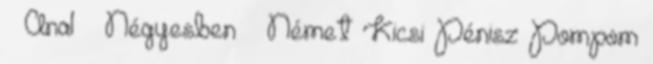
▪ Anal ▪ Négyesben ▪ Német Kicsi Pénisz Pompom